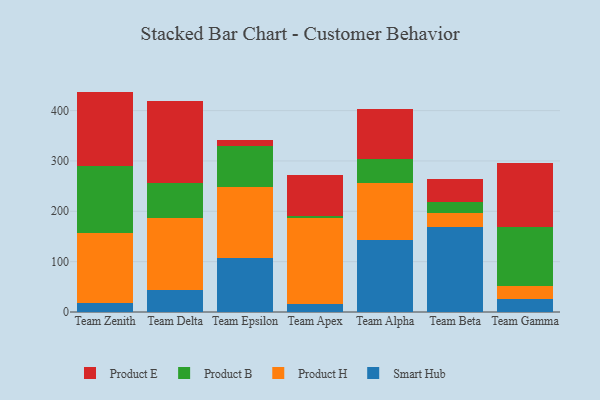
{"axis": {"x": "Team", "y": "Inventory Turnover"}, "legend": ["Product B", "Product E", "Product H", "Smart Hub"], "data": [{"x": "Team Zenith", "y": 17.0, "type": "Smart Hub"}, {"x": "Team Zenith", "y": 140.8, "type": "Product H"}, {"x": "Team Zenith", "y": 133.1, "type": "Product B"}, {"x": "Team Zenith", "y": 146.8, "type": "Product E"}, {"x": "Team Delta", "y": 43.8, "type": "Smart Hub"}, {"x": "Team Delta", "y": 143.8, "type": "Product H"}, {"x": "Team Delta", "y": 69.1, "type": "Product B"}, {"x": "Team Delta", "y": 162.7, "type": "Product E"}, {"x": "Team Epsilon", "y": 107.2, "type": "Smart Hub"}, {"x": "Team Epsilon", "y": 140.2, "type": "Product H"}, {"x": "Team Epsilon", "y": 82.2, "type": "Product B"}, {"x": "Team Epsilon", "y": 11.3, "type": "Product E"}, {"x": "Team Apex", "y": 15.8, "type": "Smart Hub"}, {"x": "Team Apex", "y": 170.0, "type": "Product H"}, {"x": "Team Apex", "y": 5.4, "type": "Product B"}, {"x": "Team Apex", "y": 80.0, "type": "Product E"}, {"x": "Team Alpha", "y": 143.2, "type": "Smart Hub"}, {"x": "Team Alpha", "y": 113.6, "type": "Product H"}, {"x": "Team Alpha", "y": 48.0, "type": "Product B"}, {"x": "Team Alpha", "y": 98.2, "type": "Product E"}, {"x": "Team Beta", "y": 168.4, "type": "Smart Hub"}, {"x": "Team Beta", "y": 28.8, "type": "Product H"}, {"x": "Team Beta", "y": 21.5, "type": "Product B"}, {"x": "Team Beta", "y": 45.7, "type": "Product E"}, {"x": "Team Gamma", "y": 26.1, "type": "Smart Hub"}, {"x": "Team Gamma", "y": 25.6, "type": "Product H"}, {"x": "Team Gamma", "y": 117.4, "type": "Product B"}, {"x": "Team Gamma", "y": 127.2, "type": "Product E"}]}